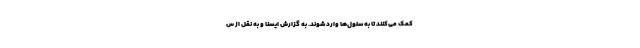
کمک می‌کنند تا به سلول‌ها وارد شوند. به گزارش ایسنا و به نقل از س